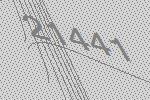
21441